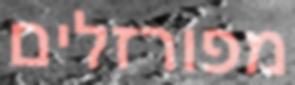
מפורזלים